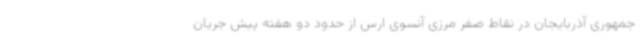
جمهوری آذربایجان در نقاط صفر مرزی آنسوی ارس از حدود دو هفته پیش جریان